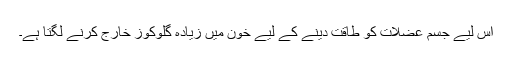
اس لیے جسم عضلات کو طاقت دینے کے لیے خون میں زیادہ گلوکوز خارج کرنے لگتا ہے۔